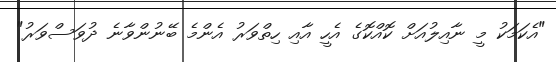
"އެކަމަކު މީ ނާއިލުއަށް ކޮއްކޮގެ އެހީ އާއި ހިތްވަރު އެންމެ ބޭނުންވާނެ ދުވަސްވަރު"